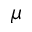
\mu